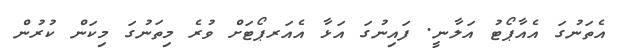
އެތަނުގަ އެއާޕޯޓު އަލާނީ. ފައިނުގަ އަޅާ އެއަރޕޯޓަށް ވުރެ މިތަނުގަ މިކަން ކުރުން